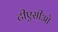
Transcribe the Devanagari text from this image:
टीएसीओ